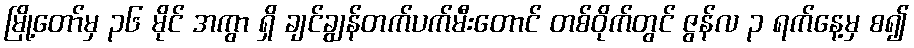
မြို့တော်မှ ၃၆ မိုင် အကွာ ရှိ ချင်ချွန်တက်ပက်မီးတောင် တစ်ဝိုက်တွင် ဇွန်လ ၃ ရက်နေ့မှ စ၍